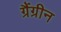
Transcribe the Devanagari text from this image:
ग्रैंग्रीन